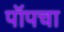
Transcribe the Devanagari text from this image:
पॉपचा